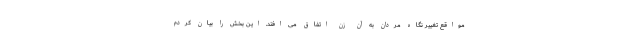
مواقع تغییر نگاه مردان به آن زن اتفاق می افتد. این بخش را بیان کردم